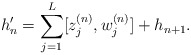
\begin{align*}h_n'=\sum_{j=1}^{L} [z_j^{(n)},w_j^{(n)}] + h_{n+1}.\end{align*}